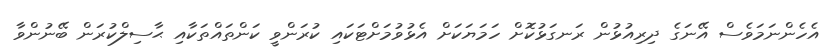
އެހެންނަމަވެސް އޭނަގެ ދިރިއުޅުން ރަނގަޅުކޮށް ހަމަޔަކަށް އެޅުވުމަށްޓަކައި ކުރަންވީ ކަންތައްތަކާއި ޙާސިލްކުރަން ބޭނުންވާ